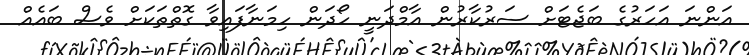
އަންނަ އަހަރުގެ ބަޖެޓަށް ސަރުކާރުން އާމްދަނީ ހޯދަން ހިމަނާފައިވާ ގޮތްތަކަށް ވެސް ބައެއް